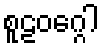
စူဠဝဂ္ဂေါ